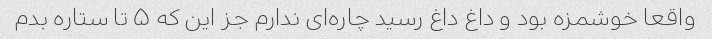
واقعا خوشمزه بود و داغ داغ رسید چاره‌ای ندارم جز این که ۵ تا ستاره بدم